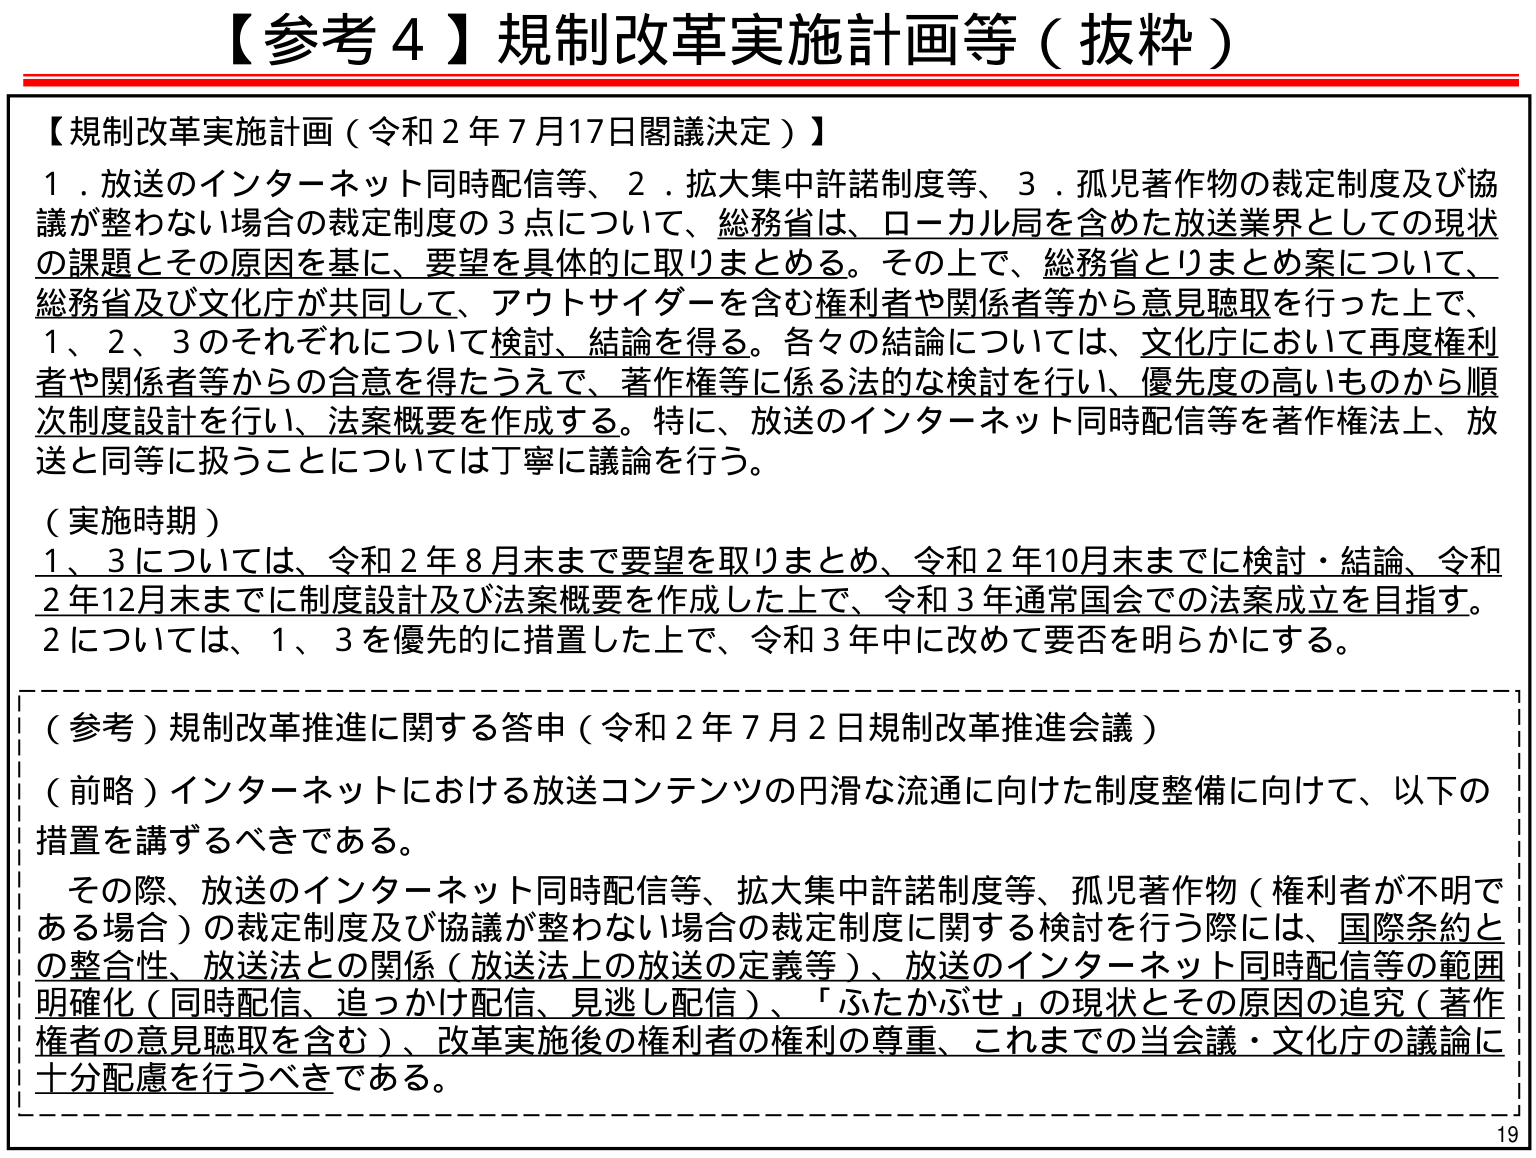
【参考４】規制改革実施計画等（抜粋）

【規制改革実施計画（令和２年７月17日閣議決定）】
１．放送のインターネット同時配信等、２．拡大集中許諾制度等、３．孤児著作物の裁定制度及び協議が整わない場合の裁定制度の３点について、総務省は、ローカル局を含めた放送業界としての現状の課題とその原因を基に、要望を具体的に取りまとめる。その上で、総務省とりまとめ案について、総務省及び文化庁が共同して、アウトサイダーを含む権利者や関係者等から意見聴取を行った上で、１、２、３のそれぞれについて検討、結論を得る。各々の結論については、文化庁において再度権利者や関係者等からの合意を得たうえで、著作権等に係る法的な検討を行い、優先度の高いものから順次制度設計を行い、法案概要を作成する。特に、放送のインターネット同時配信等を著作権法上、放送と同等に扱うことについては丁寧に議論を行う。

（実施時期）
１、３については、令和２年８月末まで要望を取りまとめ、令和２年10月末までに検討・結論、令和２年12月末までに制度設計及び法案概要を作成した上で、令和３年通常国会での法案成立を目指す。２については、１、３を優先的に措置した上で、令和３年中に改めて要否を明らかにする。

（参考）規制改革推進に関する答申（令和２年７月２日規制改革推進会議）
（前略）インターネットにおける放送コンテンツの円滑な流通に向けた制度整備に向けて、以下の措置を講ずるべきである。
その際、放送のインターネット同時配信等、拡大集中許諾制度等、孤児著作物（権利者が不明である場合）の裁定制度及び協議が整わない場合の裁定制度に関する検討を行う際には、国際条約との整合性、放送法との関係（放送法上の放送の定義等）、放送のインターネット同時配信等の範囲明確化（同時配信、追っかけ配信、見逃し配信）、「ふたかぶせ」の現状とその原因の追究（著作権者の意見聴取を含む）、改革実施後の権利者の権利の尊重、これまでの当会議・文化庁の議論に十分配慮を行うべきである。

19